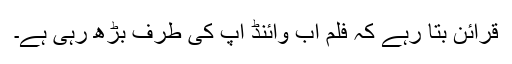
قرائن بتا رہے کہ فلم اب وائنڈ اپ کی طرف بڑھ رہی ہے۔